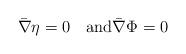
LaTeX: \begin{align*}\bar{\nabla } \eta=0\quad{\rm and}\bar{\nabla }\Phi=0 \end{align*}